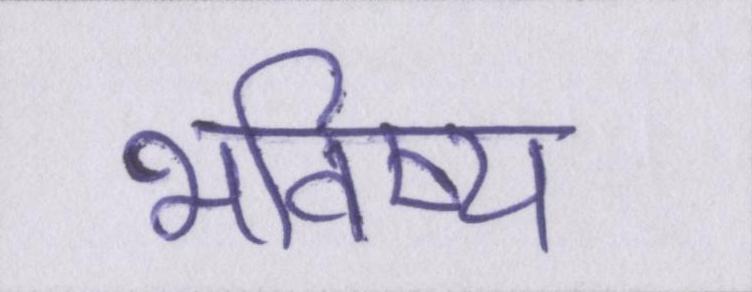
भविष्य